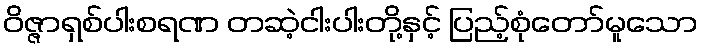
ဝိဇ္ဇာရှစ်ပါးစရဏ တဆဲ့ငါးပါးတို့နှင့် ပြည့်စုံတော်မူသော